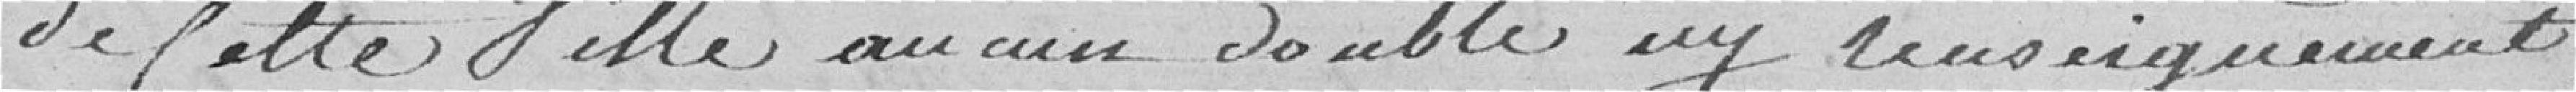
de Cette Ville aucun double ny renseignement